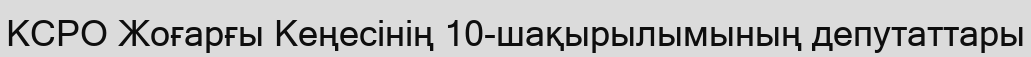
КСРО Жоғарғы Кеңесінің 10-шақырылымының депутаттары